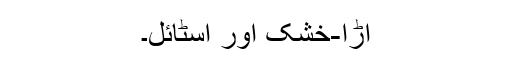
اڑا-خشک اور اسٹائل۔